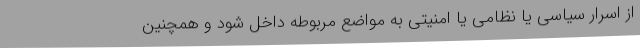
از اسرار سیاسی یا نظامی یا امنیتی به مواضع مربوطه داخل شود و همچنین